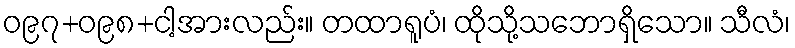
ဝ၉၇+ဝ၉၈+ငါ့အားလည်း။ တထာရူပံ၊ ထိုသို့သဘောရှိသော။ သီလံ၊